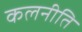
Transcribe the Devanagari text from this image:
कलनीति